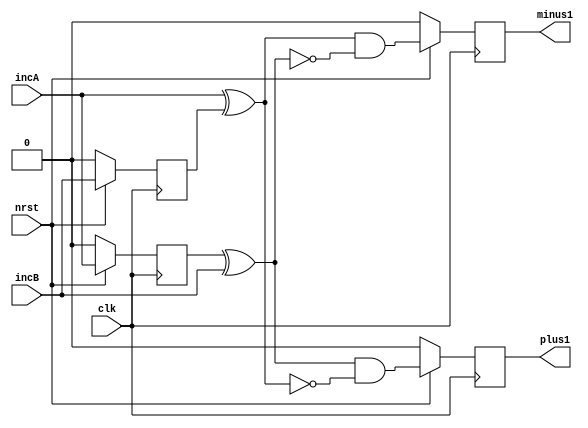
//--------------------------------------------------------------------------------
// encoder.v
// Konstantin Pavlov, pavlovconst@gmail.com
//--------------------------------------------------------------------------------

// INFO --------------------------------------------------------------------------------
//  Digital encoder


/*encoder E1(
	.clk(),
	.nrst(),
	.incA(),
	.incB(),
	.plus1(),
	.minus1()
	);*/


module encoder(clk,nrst,incA,incB,plus1,minus1);

input wire clk;
input wire nrst;
input wire incA, incB;		// present input values
output reg plus1 = 0, minus1 = 0;

reg bufA = 0, bufB = 0;		// previous inputvalues

always @ (posedge clk) begin
	if (~nrst) begin
		bufA <= 0;
		bufB <= 0;
		plus1 <= 0;
		minus1 <= 0;
	end
	else begin
		plus1 <= (bufA^incB)&~(incA^bufB);
		minus1 <= (incA^bufB)&~(bufA^incB);
		bufA <= incA;
		bufB <= incB;
	end		// if
end

endmodule